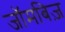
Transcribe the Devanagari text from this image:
जॉमबिज़